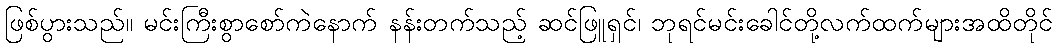
ဖြစ်ပွားသည်။ မင်းကြီးစွာစော်ကဲနောက် နန်းတက်သည့် ဆင်ဖြူရှင်၊ ဘုရင်မင်းခေါင်တို့လက်ထက်များအထိတိုင်